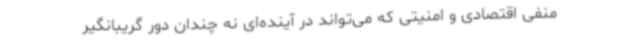
منفی اقتصادی و امنیتی که می‌تواند در آینده‌ای نه چندان دور گریبانگیر